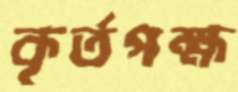
কৃর্তপক্ষ